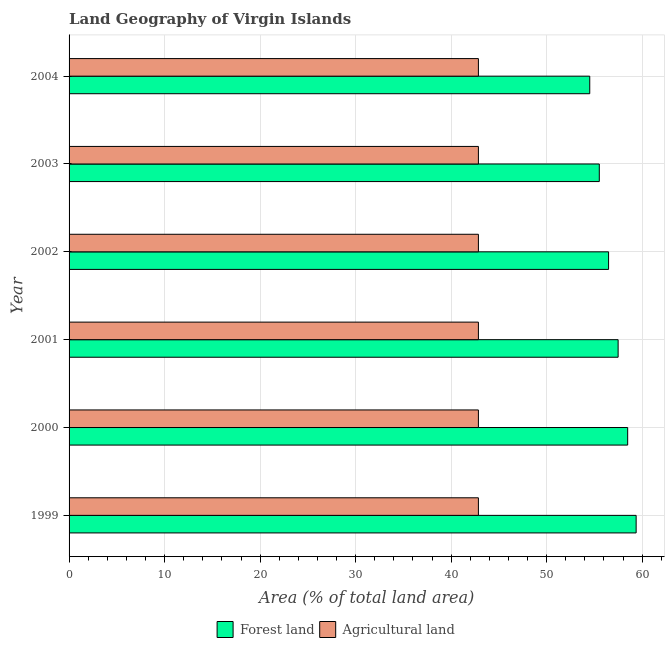
| Year | Forest land | Agricultural land |
 | --- | --- | --- |
 | 1999 | 59.4 | 42.9 |
 | 2000 | 58.5 | 42.9 |
 | 2001 | 57.5 | 42.9 |
 | 2002 | 56.5 | 42.9 |
 | 2003 | 55.5 | 42.9 |
 | 2004 | 54.5 | 42.9 |